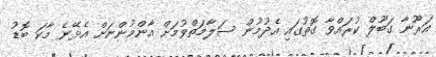
އަރޫނާ ގަބޫލް ކުރައްވާ ގޮތުގައި އެދުމުން ސަލާމަތްވުމަށް އާންމުންނަށް އެޅޭނެ މާކަ ބޮޑު